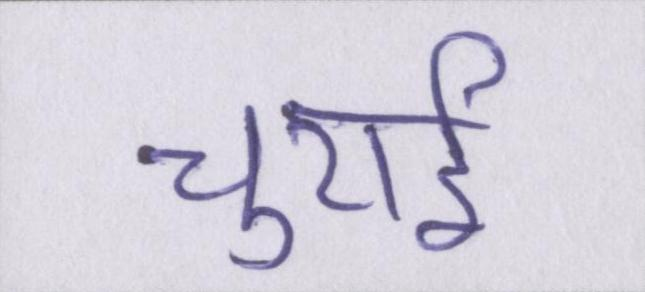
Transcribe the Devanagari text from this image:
चुराई